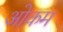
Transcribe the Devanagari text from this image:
ओकम